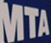
MTA